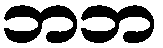
ဘဘ